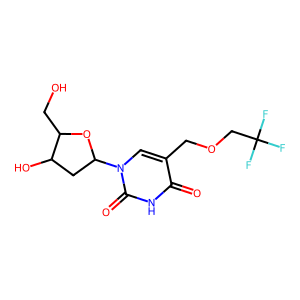
SMILES: O=c1[nH]c(=O)n(C2CC(O)C(CO)O2)cc1COCC(F)(F)F
Inhibits HIV replication: No